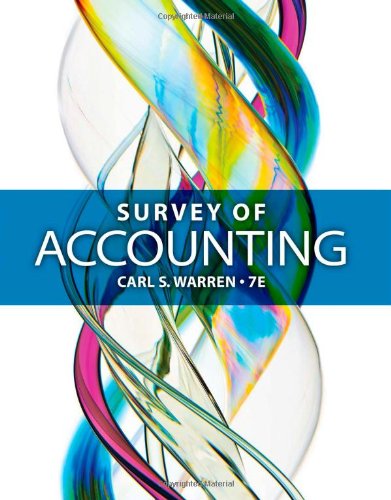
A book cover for Survey of Accounting; Carl S. Warren; Business & Money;